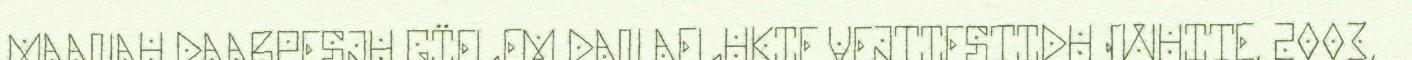
MAANAH DAARPESJH GÏELEM DAN AELHKIE VEJTIESTIDH (WHITE, 2003,